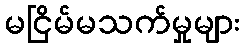
မငြိမ်မသက်မှုများ